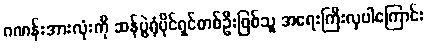
ဂဏန်းအားလုံးကို ဆန်ပွဲရုံပိုင်ရှင်တစ်ဦးဖြစ်သူ အရေးကြီးလှပါကြောင်း